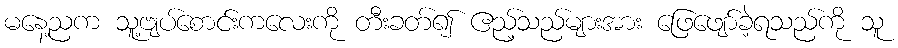
မနေ့ညက သူ့ဗျပ်စောင်းကလေးကို တီးခတ်၍ ဧည့်သည်များအား ဖြေဖျော်ခဲ့ရသည်ကို သူ